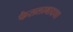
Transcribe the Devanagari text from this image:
फैसलाबादचा